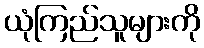
ယုံကြည်သူများကို